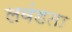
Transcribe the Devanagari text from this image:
लवंडता